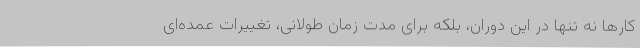
کارها نه تنها در این دوران، بلکه برای مدت زمان طولانی، تغییرات عمده‌ای